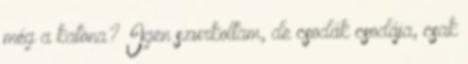
még a katona? Igen szurkoltam, de csodák csodája, csak